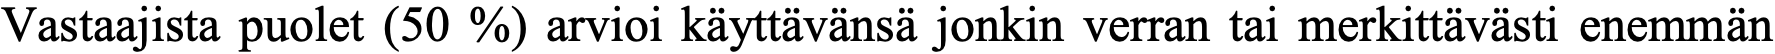
Vastaajista puolet (50 %) arvioi käyttävänsä jonkin verran tai merkittävästi enemmän